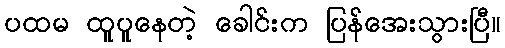
ပထမ ထူပူနေတဲ့ ခေါင်းက ပြန်အေးသွားပြီ။